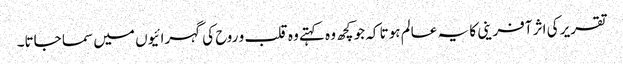
تقریر کی اثر آفرینی کا یہ عالم ہوتا کہ جو کچھ وہ کہتے وہ قلب و روح کی گہرائیوں میں سما جاتا۔